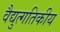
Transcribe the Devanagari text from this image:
वैद्युत्गतिकीय